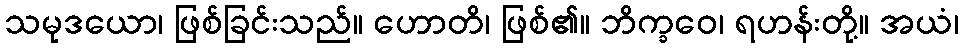
သမုဒယော၊ ဖြစ်ခြင်းသည်။ ဟောတိ၊ ဖြစ်၏။ ဘိက္ခဝေ၊ ရဟန်းတို့။ အယံ၊